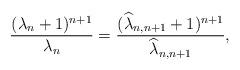
LaTeX: \begin{align*} \frac{(\lambda_{n}+1)^{n+1}}{\lambda_{n}}=\frac{(\widehat{\lambda}_{n,n+1}+1)^{n+1}}{\widehat{\lambda}_{n,n+1}},\end{align*}